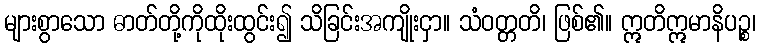
များစွာသော ဓာတ်တို့ကိုထိုးထွင်း၍ သိခြင်းအကျိုးငှာ။ သံဝတ္တတိ၊ ဖြစ်၏။ ဣတိဣမာနိပဉ္စ၊